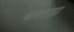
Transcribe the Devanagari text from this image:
धनगड़ा